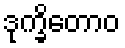
ဒုက္ခိတောဝ